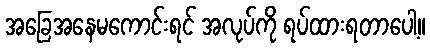
အခြေအနေမကောင်းရင် အလုပ်ကို ရပ်ထားရတာပေါ့။